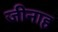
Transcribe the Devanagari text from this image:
जीनाह